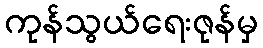
ကုန်သွယ်ရေးဇုန်မှ